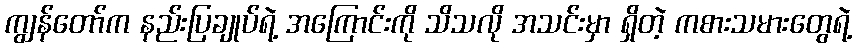
ကျွန်တော်က နည်းပြချုပ်ရဲ့ အကြောင်းကို သိသလို အသင်းမှာ ရှိတဲ့ ကစားသမားတွေရဲ့